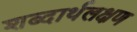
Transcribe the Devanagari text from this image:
शब्दार्थलक्षण